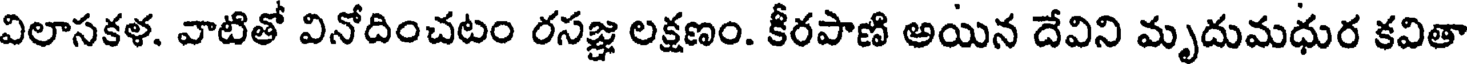
విలాసకళ, వాటితో వినోదించటం రసజ్ఞ లక్షణం. కీరపాణి అయిన దేవిని మృదుమధుర కవితా